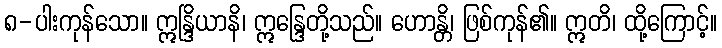
၈-ပါးကုန်သော။ ဣန္ဒြိယာနိ၊ ဣန္ဒြေတို့သည်။ ဟောန္တိ၊ ဖြစ်ကုန်၏။ ဣတိ၊ ထို့ကြောင့်။